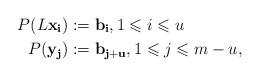
LaTeX: \begin{align*}P(L\mathbf{x_i}) &:= \mathbf{b_i}, 1\leqslant i\leqslant u \\P(\mathbf{y_j}) &:= \mathbf{b_{j+u}}, 1\leqslant j\leqslant m-u,\end{align*}